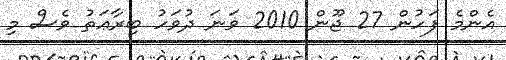
އެންމެ ފަހުން 27 ޖޫން 2010 ވަނަ ދުވަހު ބިރާޢަތު ވެސް މި